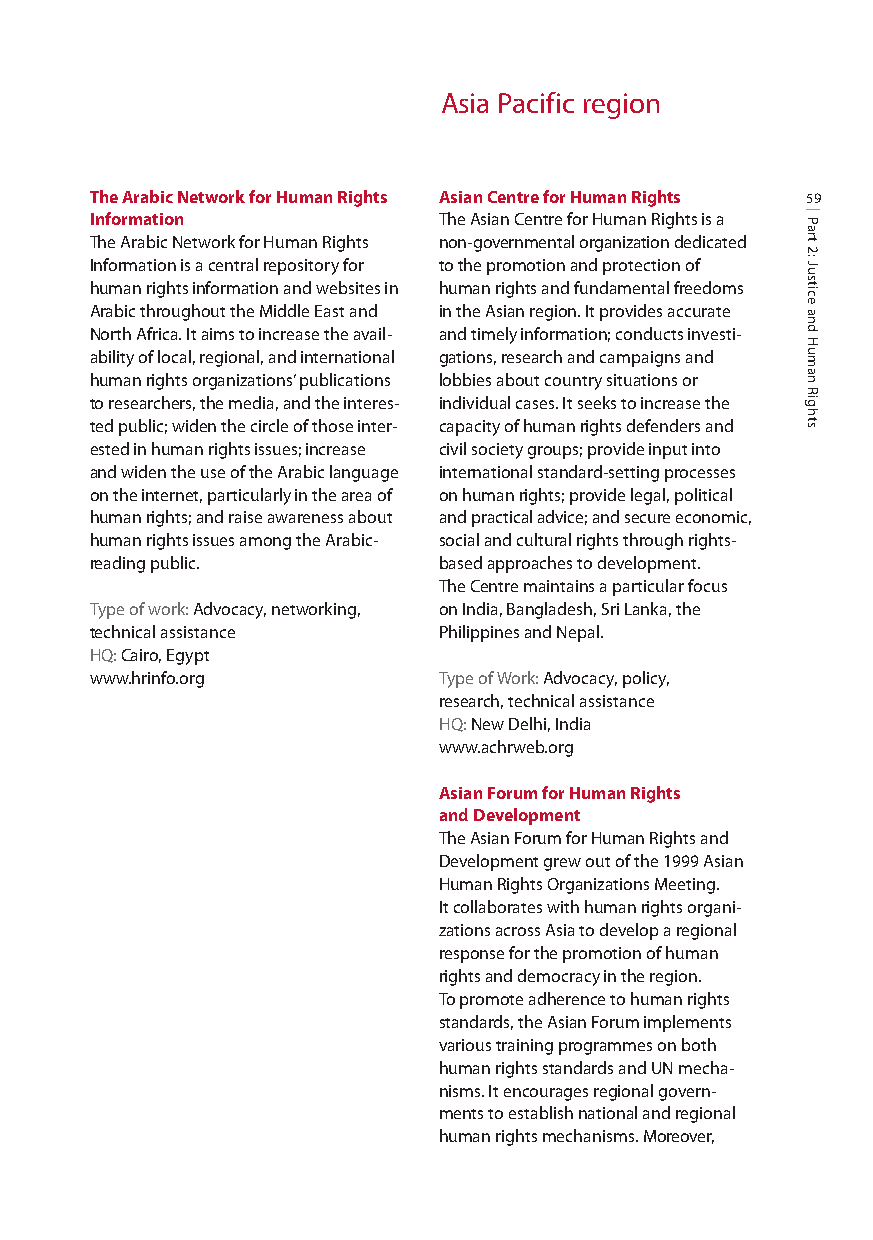
Asia Pacific region
 The Arabic Network for Human Rights Asian Centre for Human Rights 59
 Information            The Asian Centre for Human Rights is a
 The Arabic Network for Human Rights non-governmental organization dedicated
 Information is a central repository for to the promotion and protection of
 human rights information and websites in human rights and fundamental freedoms
 Arabic throughout the Middle East and in the Asian region. It provides accurate
 North Africa. It aims to increase the avail- and timely information; conducts investi-
 ability of local, regional, and international gations, research and campaigns and
 human rights organizations’publications lobbies about country situations or
 to researchers, the media, and the interes- individual cases. It seeks to increase the
 ted public; widen the circle of those inter- capacity of human rights defenders and
 ested in human rights issues; increase civil society groups; provide input into
 and widen the use of the Arabic language international standard-setting processes
 on the internet, particularly in the area of on human rights; provide legal, political
 human rights; and raise awareness about and practical advice; and secure economic,
 human rights issues among the Arabic- social and cultural rights through rights-
 reading public.        based approaches to development.
 The Centre maintains a particular focus
 Type of work: Advocacy, networking, on India, Bangladesh, Sri Lanka, the
 technical assistance   Philippines and Nepal.
 HQ:Cairo, Egypt
 www.hrinfo.org         Type of Work: Advocacy, policy,
 research, technical assistance
 HQ:New Delhi, India
 www.achrweb.org
 Asian Forum for Human Rights
 and Development
 The Asian Forum for Human Rights and
 Development grew out of the 1999 Asian
 Human Rights Organizations Meeting.
 It collaborates with human rights organi-
 zations across Asia to develop a regional
 response for the promotion of human
 rights and democracy in the region.
 To promote adherence to human rights
 standards, the Asian Forum implements
 various training programmes on both
 human rights standards and UN mecha-
 nisms. It encourages regional govern-
 ments to establish national and regional
 human rights mechanisms. Moreover,
 Part
 2:
 Justice
 and
 Human
 Rights